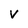
Character: v